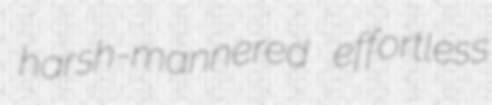
harsh-mannered effortless